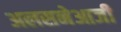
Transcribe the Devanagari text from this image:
अलसनेआजी